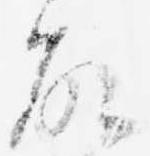
故